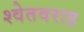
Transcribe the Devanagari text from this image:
श्वेतवराह